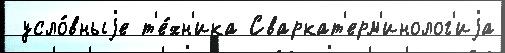
 усло́вныjе т'е́хн'ика Сваркат'ерм'инолог'иjа